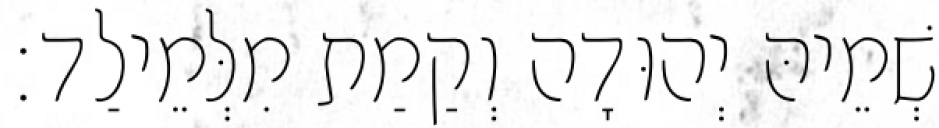
שְׁמֵיהּ יְהוּדָה וְקַמַת מִלְּמֵילַד׃